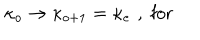
LaTeX: \kappa _ { o } \rightarrow \kappa _ { o + 1 } = \kappa _ { e } \, \, , \; \mathrm { f o r ~ }